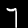
Digit: 7